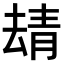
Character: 𩇘